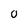
Character: 0